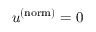
u ^ { ( \mathrm { n o r m } ) } = 0